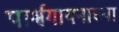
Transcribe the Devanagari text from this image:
पार्श्वगायनाच्या